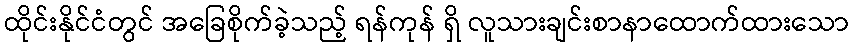
ထိုင်းနိုင်ငံတွင် အခြေစိုက်ခဲ့သည့် ရန်ကုန် ရှိ လူသားချင်းစာနာထောက်ထားသော